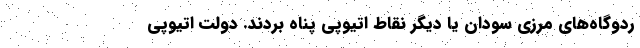
ردو‌گاه‌های مرزی سودان یا دیگر نقاط اتیوپی پناه بردند. دولت اتیوپی